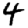
Digit: 4